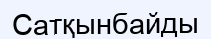
Сатқынбайды